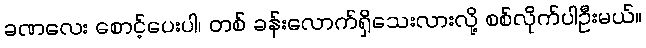
ခဏလေး စောင့်ပေးပါ၊ တစ် ခန်းလောက်ရှိသေးလားလို့ စစ်လိုက်ပါဦးမယ်။